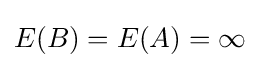
E(B)=E(A)=\infty